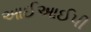
આઈઆઈપી